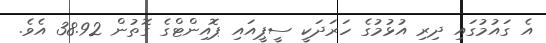
އެ ގައުމުގައި ދިރި އުޅުމުގެ ހަރަދަކީ ސީޕީއައި ޕޮއިންޓްގެ ގޮތުން 38.92 އެވެ.